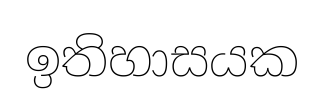
ඉතිහාසයක